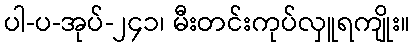
ပါ-ပ-အုပ်-၂၄၁၊ မီးတင်းကုပ်လှူရကျိုး။